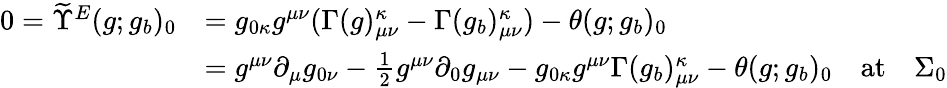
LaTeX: \begin{array}{rl}{0=\widetilde{\Upsilon}^{E}(g;g_{b})_{0}}&{=g_{0\kappa}g^{\mu\nu}(\Gamma(g)_{\mu\nu}^{\kappa}-\Gamma(g_{b})_{\mu\nu}^{\kappa})-\theta(g;g_{b})_{0}}\\ &{=g^{\mu\nu}\partial_{\mu}g_{0\nu}-\frac{1}{2}g^{\mu\nu}\partial_{0}g_{\mu\nu}-g_{0\kappa}g^{\mu\nu}\Gamma(g_{b})_{\mu\nu}^{\kappa}-\theta(g;g_{b})_{0}\quad\mathrm{at}\quad\Sigma_{0}}\end{array}